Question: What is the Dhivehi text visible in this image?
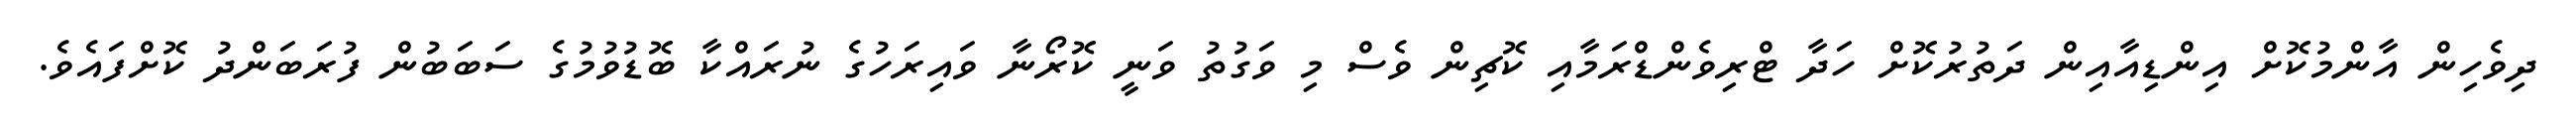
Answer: ދިވެހިން އާންމުކޮށް އިންޑިއާއިން ދަތުރުކޮށް ހަދާ ޓްރިވެންޑްރަމާއި ކޮޗިން ވެސް މި ވަގުތު ވަނީ ކޮރޯނާ ވައިރަހުގެ ނުރައްކާ ބޮޑުވުމުގެ ސަބަބުން ފުރަބަންދު ކޮށްފައެވެ.